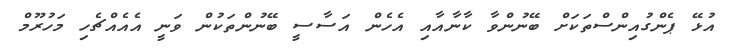
އުޅޭ ޕެންގުއިންސްތަކަށް ބޭނުންވާ ކާނާއާއި އެހެން އަސާސީ ބޭނުންތަކުން ވަނީ އެއެއްޗެހި މަހުރޫމް